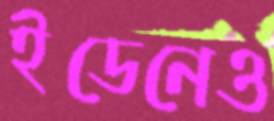
ইডেনেও